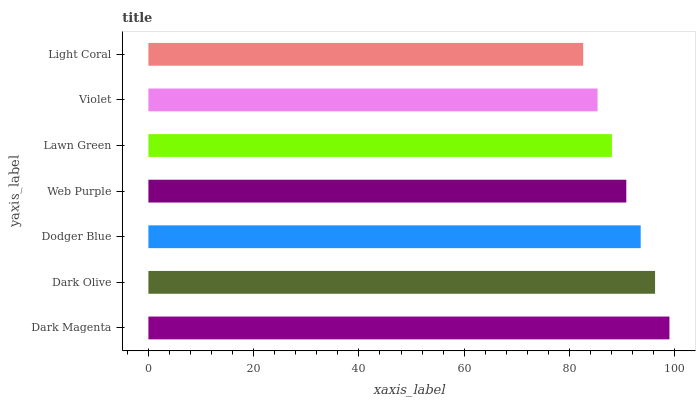
| yaxis_label | bars |
 | --- | --- |
 | Dark Magenta | 99 |
 | Dark Olive | 96.3 |
 | Dodger Blue | 93.5 |
 | Web Purple | 90.8 |
 | Lawn Green | 88.1 |
 | Violet | 85.3 |
 | Light Coral | 82.6 |